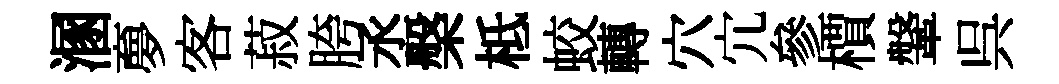
溷夣客菽胯丞槃柢蛟轉穴宂參檟鞶呉